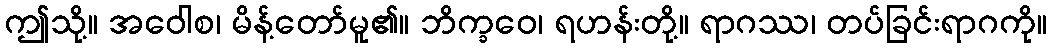
ဤသို့။ အဝေါစ၊ မိန့်တော်မူ၏။ ဘိက္ခဝေ၊ ရဟန်းတို့။ ရာဂဿ၊ တပ်ခြင်းရာဂကို။